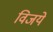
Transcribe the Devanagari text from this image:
विजये